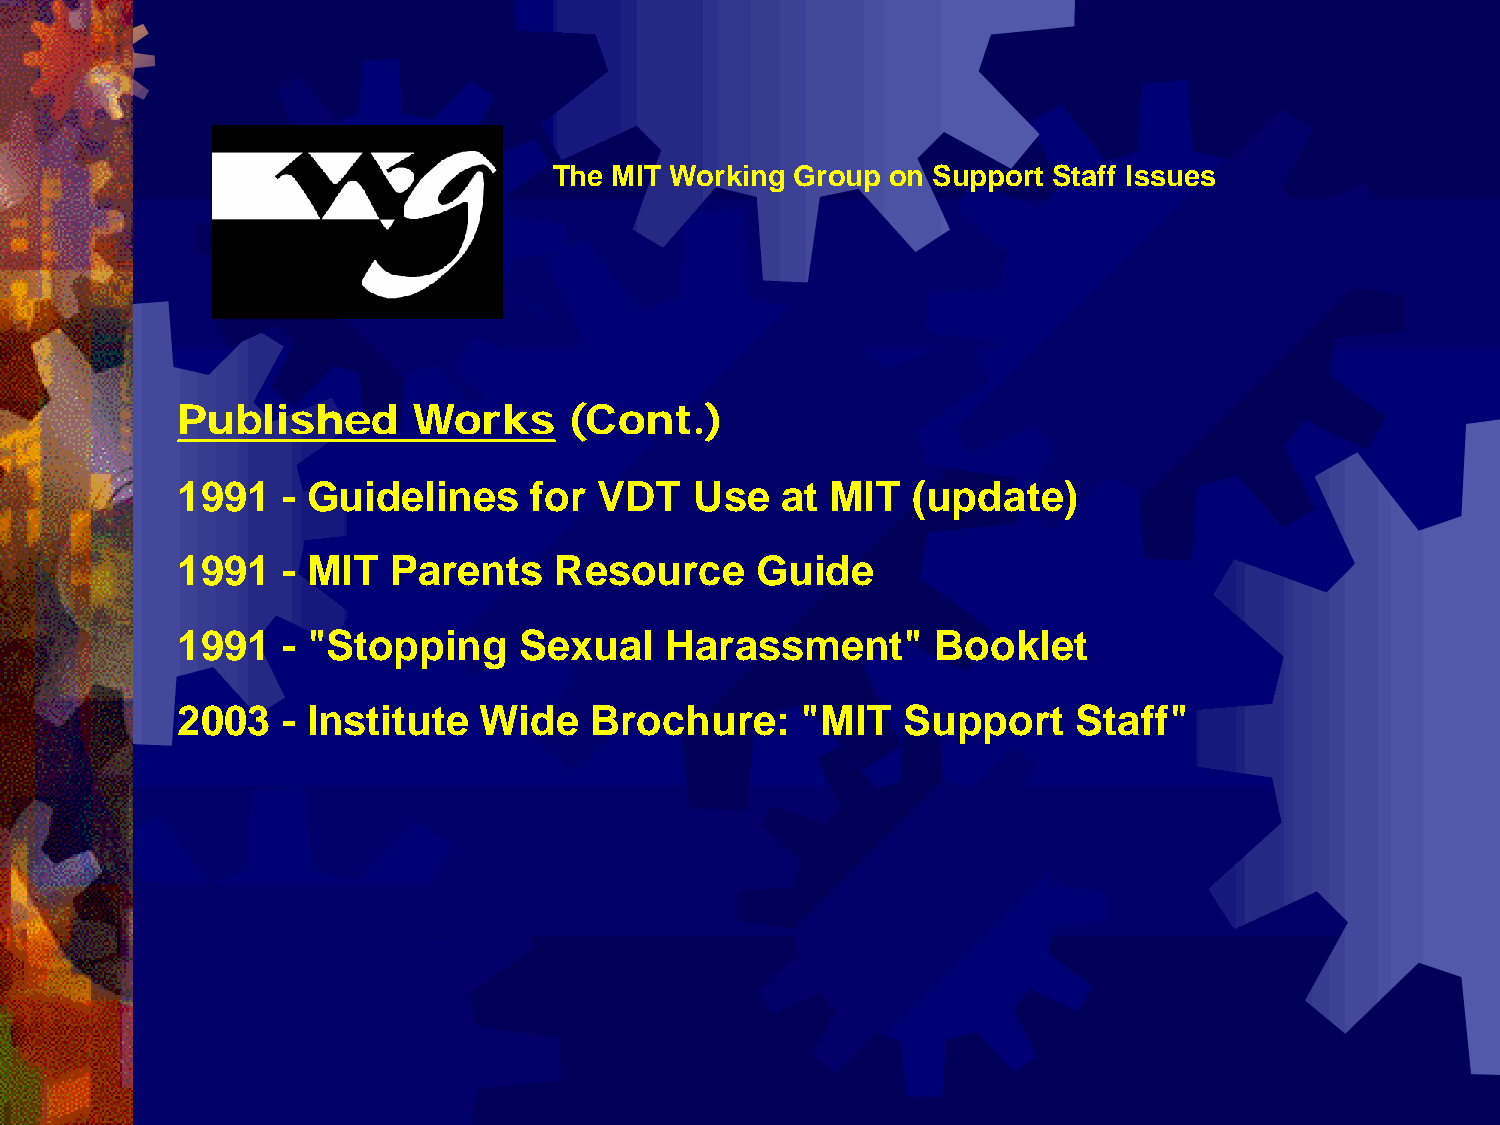
The MIT Working Group on Support Staff Issues
 Published      Works      (Cont.)
 1991   - Guidelines    for  VDT   Use   at MIT  (update)
 1991   - MIT  Parents    Resource     Guide
 1991   - "Stopping    Sexual    Harassment"       Booklet
 2003   - Institute  Wide   Brochure:     "MIT   Support    Staff"